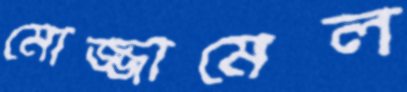
মোজ্জামেল